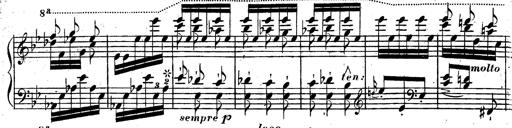
Title: Rondeau fantastique sur un thÃ¨me espagnol
Composer: Franz Liszt